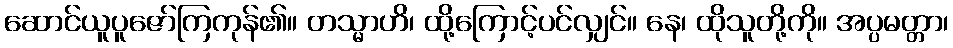
ဆောင်ယူပူဇော်ကြကုန်၏။ တသ္မာဟိ၊ ထို့ကြောင့်ပင်လျှင်။ နေ၊ ထိုသူတို့ကို။ အပ္ပမတ္တာ၊